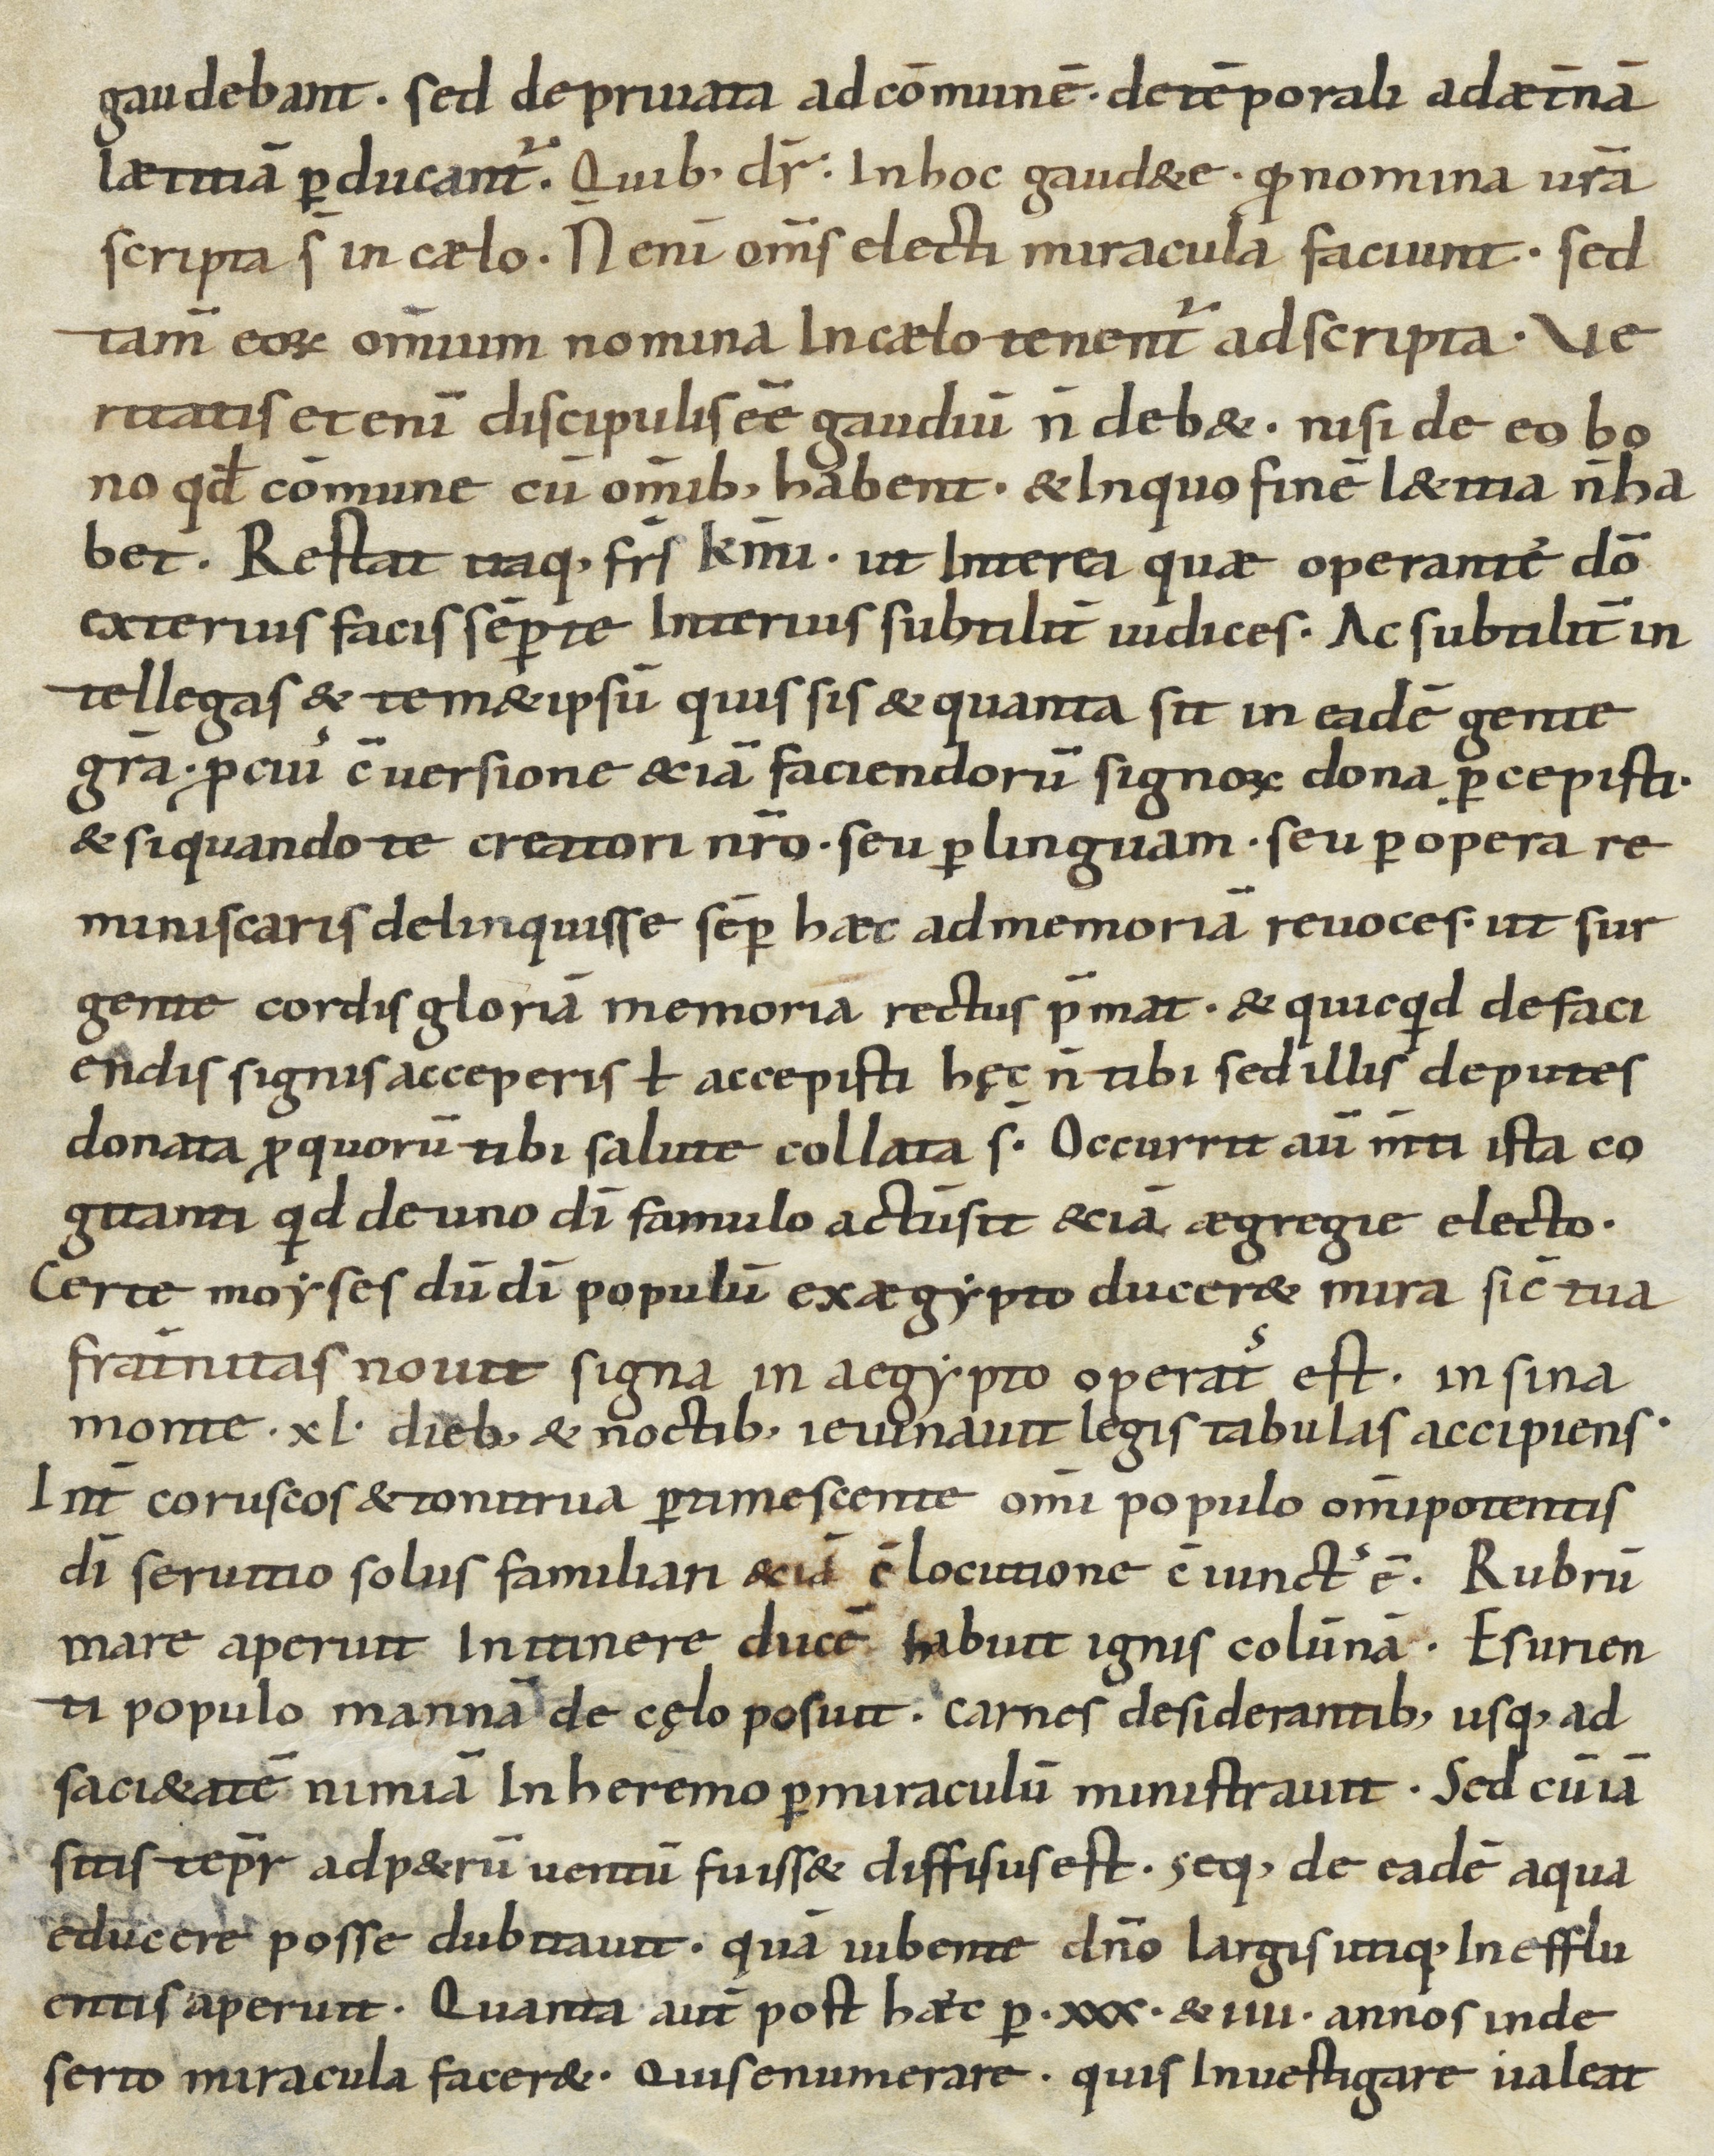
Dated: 950–999